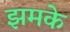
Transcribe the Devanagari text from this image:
झमके